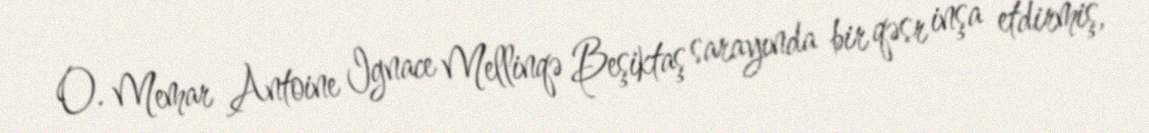
O. Memar Antoine Ignace Mellinqə Beşiktaş sarayında bir qəsr inşa etdirmiş,